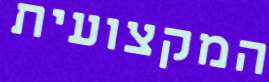
המקצועית